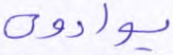
يوادون